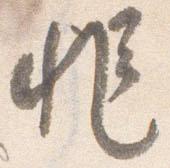
非